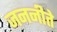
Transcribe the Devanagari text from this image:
जननीते